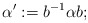
\begin{align*} \alpha' := b^{-1}\alpha b;\end{align*}